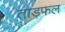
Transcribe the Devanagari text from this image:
ताड़फल